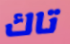
تاك